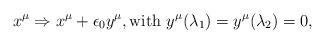
LaTeX: \begin{align*}x^\mu\Rightarrow x^\mu +\epsilon_0 y^\mu, {\rm with}~y^\mu(\lambda_1)=y^\mu (\lambda_2)=0,\end{align*}